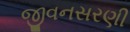
જીવનસરણી